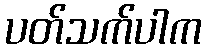
ပတ်သက်ပါက